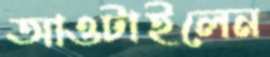
আওটাইলেন